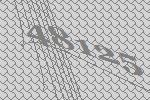
48125